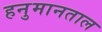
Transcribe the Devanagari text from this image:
हनुमानताल